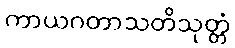
ကာယဂတာသတိသုတ္တံ